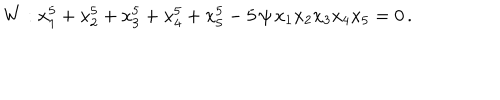
W : x _ { 1 } ^ { 5 } + x _ { 2 } ^ { 5 } + x _ { 3 } ^ { 5 } + x _ { 4 } ^ { 5 } + x _ { 5 } ^ { 5 } - 5 \, \psi \, x _ { 1 } x _ { 2 } x _ { 3 } x _ { 4 } x _ { 5 } = 0 \, .